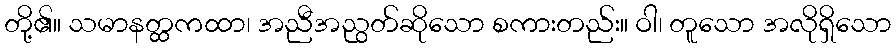
တို့၏။ သမာနတ္ထကထာ၊ အညီအညွတ်ဆိုသော စကားတည်း။ ဝါ၊ တူသော အလိုရှိသော